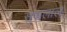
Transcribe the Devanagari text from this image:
सुकलाल